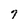
Character: 7